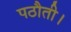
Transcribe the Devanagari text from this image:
पठौती।